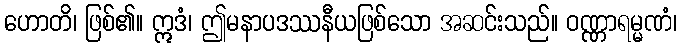
ဟောတိ၊ ဖြစ်၏။ ဣဒံ၊ ဤမနာပဒဿနီယဖြစ်သော အဆင်းသည်။ ဝဏ္ဏာရမ္မဏံ၊